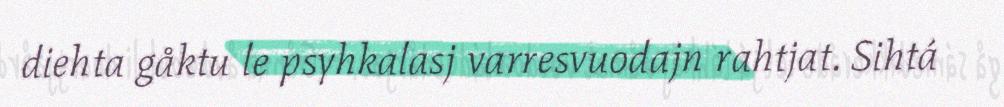
diehta gåktu le psyhkalasj varresvuodajn rahtjat. Sihtá